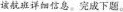
该航班详细信息。完成下题。